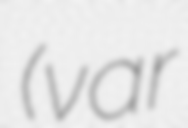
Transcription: (var